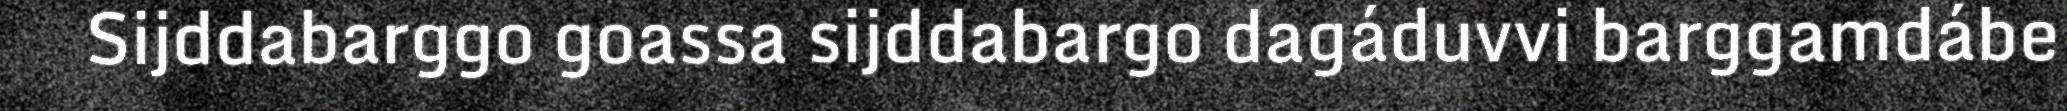
Sijddabarggo goassa sijddabargo dagáduvvi barggamdábe